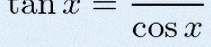
\tan x=\frac{\sin x}{\cos x}